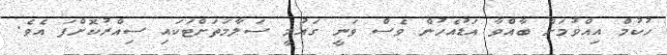
ހުކުމް އިއްވުމަށް ބާއްވާ އަޑުއެހުން ވެސް ވަނީ ގައުމީ ސަލާމަތަށްޓަަކައި ސިއްރުކޮށްފަ އެވެ.